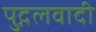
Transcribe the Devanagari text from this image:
पुद्गलवादी